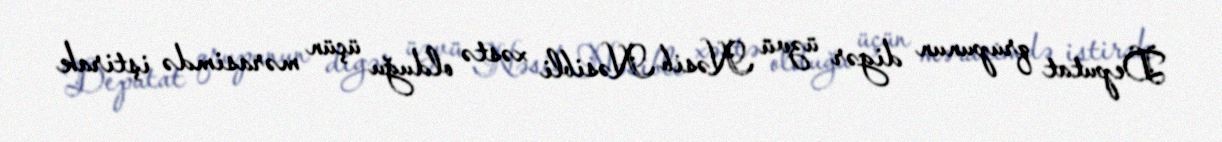
Deputat qrupunun digər üzvü Nəsib Nəsibli xəstə olduğu üçün mərasimdə iştirak